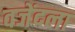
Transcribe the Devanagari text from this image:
वजेंदला